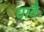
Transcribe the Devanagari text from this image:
घावै